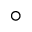
^ { \circ }